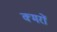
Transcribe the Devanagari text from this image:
क्मरों